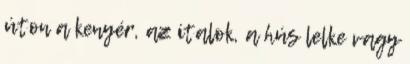
úton a kenyér, az italok, a hús lelke vagy